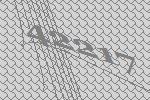
42217